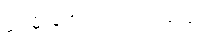
ဝေမိုးအောင် ငြင်းရသည်။